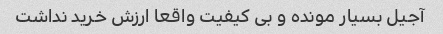
آجیل بسیار مونده و بی کیفیت واقعا ارزش خرید نداشت